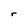
Character: r